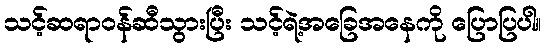
သင့်ဆရာဝန်ဆီသွားပြီး သင့်ရဲ့အခြေအနေကို ပြောပြပါ။